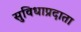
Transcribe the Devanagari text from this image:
सुविधाप्रदाता